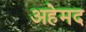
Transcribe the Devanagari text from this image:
अहेमद